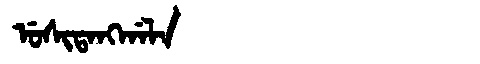
Manchu: ᡠᠰᡳᡨᠠᠩᡤᠠᠯᠠ
Romanization: USITANGGALA